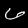
Digit: 6